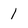
Character: 1